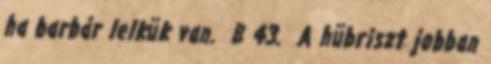
ha barbár lelkük van. B 43. A hübriszt jobban